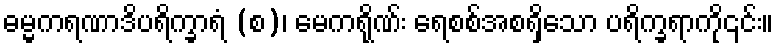
ဓမ္မကရဏာဒိပရိက္ခာရံ (စ)၊ မေကရိုဏ်း ရေစစ်အစရှိသော ပရိက္ခရာကို၎င်း။